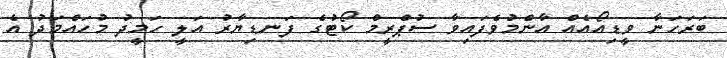
ބަރަހަނާ ވީޑިއޯއެއް އާންމުވެފައިވާ ސުޕްރީމް ކޯޓުގެ ފަނޑިޔާރު އަލީ ހަމީދު މުހައްމަދު އެ